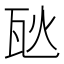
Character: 𪼸